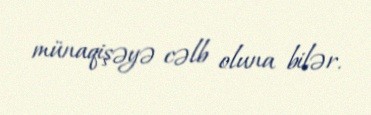
münaqişəyə cəlb oluna bilər.